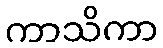
ကာသိကာ